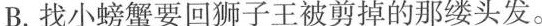
B.找小螃蟹要回狮子王被剪掉的那缕头发。